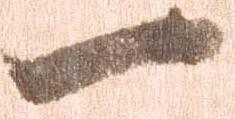
一